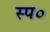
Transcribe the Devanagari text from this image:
स्प०